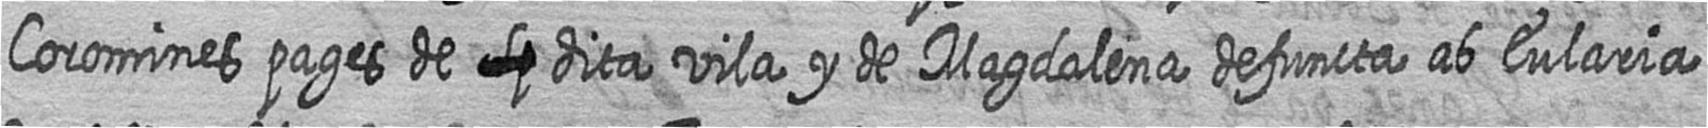
Coromines pages de # dita vila y de Magdalena defuncta ab Eularia